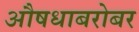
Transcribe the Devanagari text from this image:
औषधाबरोबर